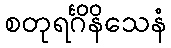
စတုရင်္ဂိနိသေနံ